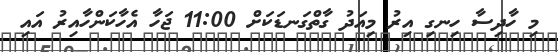
މި ހާދިސާ ހިނގި އިރު މިއަދު ގާތްގަނޑަކަށް 11:00 ޖަހާ އެހާކަންހާއިރު އައި